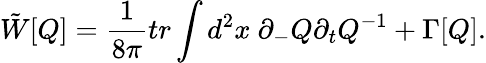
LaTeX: \tilde{W}[Q]=\frac{1}{8\pi}tr\int d^{2}x~\partial_{-}Q\partial_{t}Q^{-1}+\Gamma[Q].